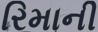
રિમાની